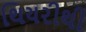
થિયરીથી